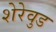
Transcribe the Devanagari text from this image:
शेरेवुड